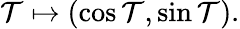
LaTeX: \mathcal{T}\mapsto(\cos\mathcal{T},\sin\mathcal{T}).